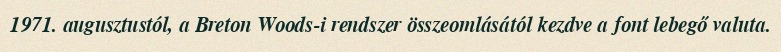
1971. augusztustól, a Breton Woods-i rendszer összeomlásától kezdve a font lebegő valuta.